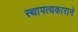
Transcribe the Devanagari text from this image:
स्थापत्यकाराने